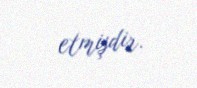
etmişdir.